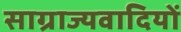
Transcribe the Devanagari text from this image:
साग्राज्यवादियों